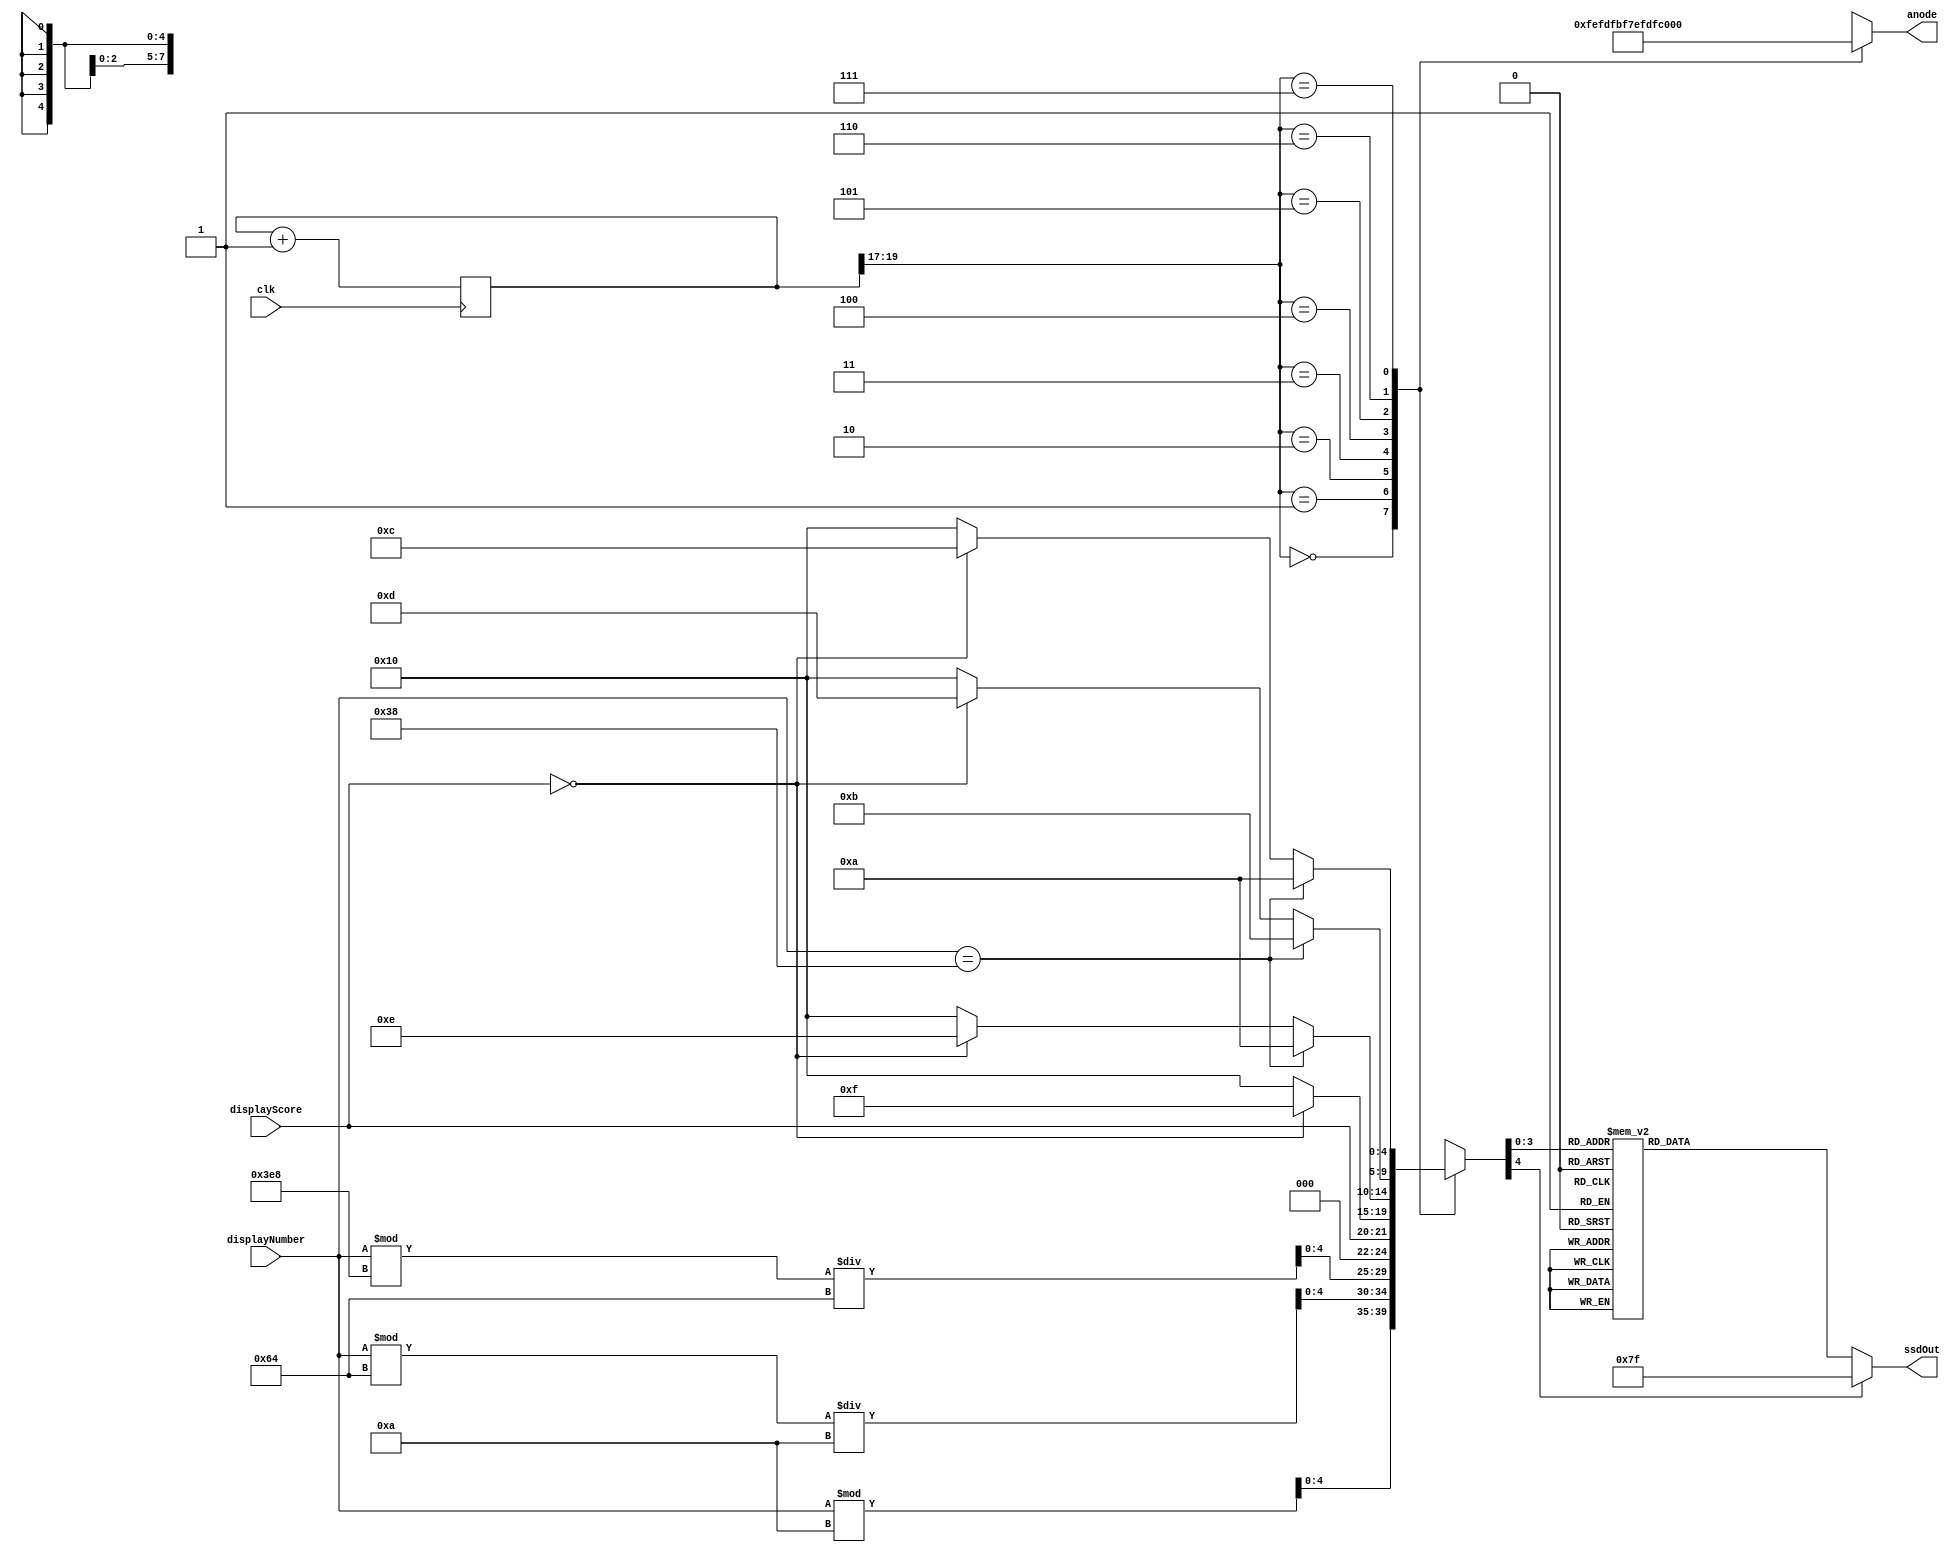
`timescale 1ns / 1ps
module counter(
    input clk,
    input [15:0] displayNumber,
    input [1:0] displayScore,  // Assumed to fit in one digit (0-7)
    output reg [7:0] anode,    // Corrected to handle 8 separate displays
    output reg [6:0] ssdOut
);

    reg [20:0] refresh;
    reg [4:0] LEDNumber;
    wire [2:0] LEDCounter;

    always @ (posedge clk) begin
        refresh <= refresh + 21'd1;
    end

    assign LEDCounter = refresh[20:17];

    always @ (*) begin
        case (LEDCounter)
        3'b000: begin
            anode = 8'b11111110; 
            LEDNumber = displayNumber % 10;
        end
        3'b001: begin
            anode = 8'b11111101; 
            LEDNumber = (displayNumber % 100) / 10; 
        end
        3'b010: begin
            anode = 8'b11111011; 
            LEDNumber = (displayNumber % 1000) / 100;  
        end
        3'b011: begin
            anode = 8'b11110111; 
            LEDNumber = displayScore; 
        end
        3'b100: begin
            anode = 8'b11101111; 
            if (displayScore==0) begin
                LEDNumber = 15;  //E
            end  
            else
                LEDNumber = 16;
        end
        3'b101: begin
            anode = 8'b11011111; 
            if (displayNumber==56) begin
                LEDNumber = 10;  //Y
            end else if (displayScore==0) begin
                LEDNumber = 14;  //S
            end 
            else
                LEDNumber = 16;
        end
        3'b110: begin
            anode = 8'b10111111; 
            if (displayNumber==56) begin
                LEDNumber = 11;  //A
            end else if (displayScore==0) begin
                LEDNumber = 13;  //O
            end
            else
                LEDNumber = 16;
        end
        3'b111: begin
            anode = 8'b01111111; 
            if (displayNumber==56) begin
                LEDNumber = 10;  //Y
            end else if (displayScore==0) begin
                LEDNumber = 12;  //L
            end
            else
                LEDNumber = 16;
        end
        default: begin
            anode = 8'b11111111; // Turn off all displays in other states
        end
        endcase
    end

    always @ (*) begin
        case (LEDNumber)
        0: ssdOut = 7'b0000001; // 0
        1: ssdOut = 7'b1001111; // 1
        2: ssdOut = 7'b0010010; // 2
        3: ssdOut = 7'b0000110; // 3
        4: ssdOut = 7'b1001100; // 4
        5: ssdOut = 7'b0100100; // 5
        6: ssdOut = 7'b0100000; // 6
        7: ssdOut = 7'b0001111; // 7
        8: ssdOut = 7'b0001111; // 7
        9: ssdOut = 7'b0001111; // 7
        10: ssdOut = 7'b1000100; // Y
        11: ssdOut = 7'b0001000; // A
        12: ssdOut = 7'b1110001; // L
        13: ssdOut = 7'b0000001; // O
        14: ssdOut = 7'b0100100; // S
        15: ssdOut = 7'b0110000; // E
        default: ssdOut = 7'b1111111; // Clear or off state
        endcase
    end
endmodule